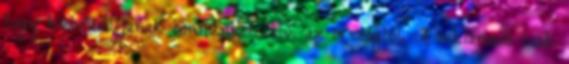
hogy kiebrudáljanak bennünket ebből az országból. A reklámadó csak